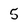
Character: 5